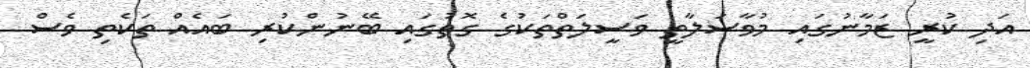
އަދި ކުރީ ޒަމާނުގައި މުވާސަލާތީ ވަސީލަތްތަކުގެ ގޮތުގައި ބޭނުންކުރި ބައެއް ތަކެތި ވެސް